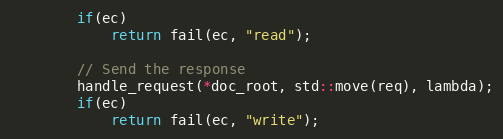
Language: C++
        if(ec)
            return fail(ec, "read");

        // Send the response
        handle_request(*doc_root, std::move(req), lambda);
        if(ec)
            return fail(ec, "write");